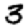
Digit: 3